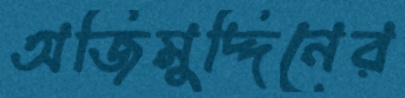
অজিমুদ্দিনের